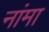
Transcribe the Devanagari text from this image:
नांमा